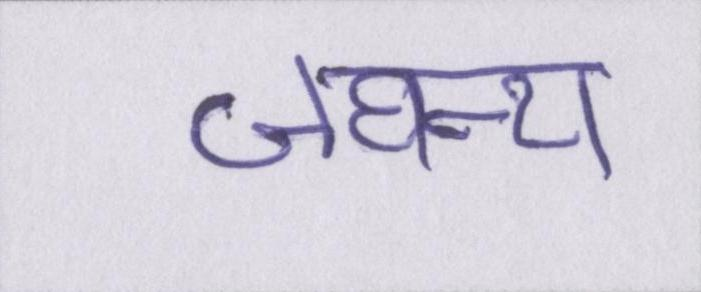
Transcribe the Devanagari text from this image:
जघन्य